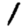
Digit: 1